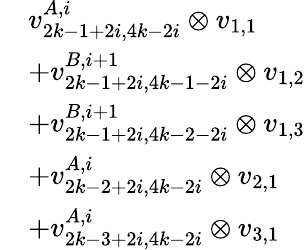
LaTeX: \begin{array}{rl}&{v_{2k-1+2i,4k-2i}^{A,i}\otimes v_{1,1}}\\ &{+v_{2k-1+2i,4k-1-2i}^{B,i+1}\otimes v_{1,2}}\\ &{+v_{2k-1+2i,4k-2-2i}^{B,i+1}\otimes v_{1,3}}\\ &{+v_{2k-2+2i,4k-2i}^{A,i}\otimes v_{2,1}}\\ &{+v_{2k-3+2i,4k-2i}^{A,i}\otimes v_{3,1}}\end{array}